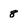
Character: 8